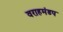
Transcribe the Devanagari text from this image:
वराहमंडप